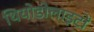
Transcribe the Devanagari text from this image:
थियोडोलाइटों